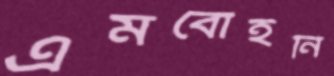
এমবোইনি